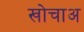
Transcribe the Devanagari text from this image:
खोचाअ